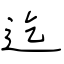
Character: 迄